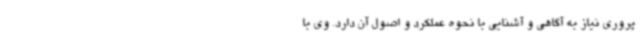
‌پروری نیاز به آگاهی و آشنایی با نحوه عملکرد و اصول آن دارد. وی با